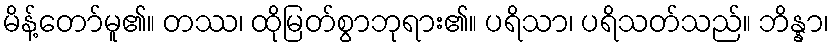
မိန့်တော်မူ၏။ တဿ၊ ထိုမြတ်စွာဘုရား၏။ ပရိသာ၊ ပရိသတ်သည်။ ဘိန္နာ၊